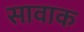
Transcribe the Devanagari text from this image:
सावाक